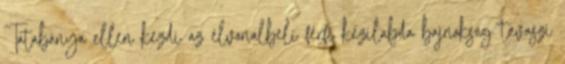
Tatabánya ellen kezdi az élvonalbeli férfi kézilabda bajnokság tavaszi